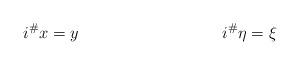
LaTeX: \begin{align*}i^\# x &= y & i^\#\eta = \xi\end{align*}